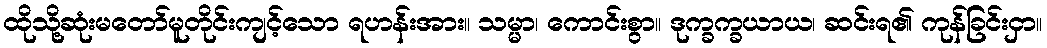
ထိုသို့ဆုံးမတော်မူတိုင်းကျင့်သော ရဟန်းအား။ သမ္မာ၊ ကောင်းစွာ။ ဒုက္ခက္ခယာယ၊ ဆင်းရ၏ ကုန်ခြင်းငှာ။